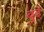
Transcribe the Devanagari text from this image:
बुढे